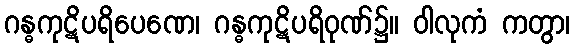
ဂန္ဓကုဋိပရိပေဏေ၊ ဂန္ဓကုဋိပရိဝုဏ်၌။ ဝါလုကံ ကတွာ၊